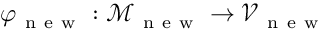
\varphi _ { \mathrm { ~ n ~ e ~ w ~ } } : \mathcal { M } _ { \mathrm { ~ n ~ e ~ w ~ } } \to \mathcal { V } _ { \mathrm { ~ n ~ e ~ w ~ } }